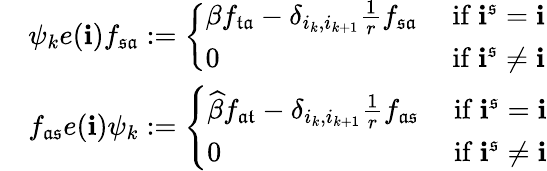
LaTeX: \begin{array}{rl}&{\psi_{k}e(\mathbf{i})f_{\mathfrak{s}\mathfrak{a}}:=\left\{ \begin{array}{ll}{\beta f_{\mathfrak{t}\mathfrak{a}}-\delta_{i_{k},i_{k+1}}\frac{1}{r}f_{\mathfrak{s}\mathfrak{a}}}&{\mathrm{~if~}\mathbf{i}^{\mathfrak{s}}=\mathbf{i}}\\ {0}&{\mathrm{~if~}\mathbf{i}^{\mathfrak{s}}\neq\mathbf{i}}\end{array}\right.}\\ &{f_{\mathfrak{a}\mathfrak{s}}e(\mathbf{i})\psi_{k}:=\left\{ \begin{array}{ll}{\widehat{\beta}f_{\mathfrak{a}\mathfrak{t}}-\delta_{i_{k},i_{k+1}}\frac{1}{r}f_{\mathfrak{a}\mathfrak{s}}}&{\mathrm{~if~}\mathbf{i}^{\mathfrak{s}}=\mathbf{i}}\\ {0}&{\mathrm{~if~}\mathbf{i}^{\mathfrak{s}}\neq\mathbf{i}}\end{array}\right.}\end{array}